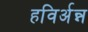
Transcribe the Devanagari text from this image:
हविर्अन्न